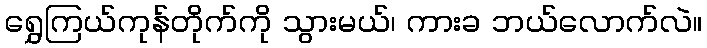
ရွှေကြယ်ကုန်တိုက်ကို သွားမယ်၊ ကားခ ဘယ်လောက်လဲ။